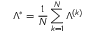
\Lambda ^ { * } = \frac { 1 } { N } \sum _ { k = 1 } ^ { N } \Lambda ^ { ( k ) }